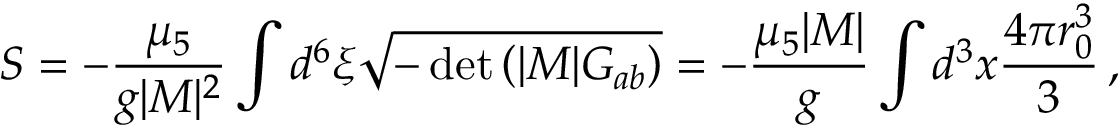
S = - \frac { \mu _ { 5 } } { g | M | ^ { 2 } } \int d ^ { 6 } \xi \sqrt { - \operatorname * { d e t } \left( | M | G _ { a b } \right) } = - \frac { \mu _ { 5 } | M | } { g } \int d ^ { 3 } x \frac { 4 \pi r _ { 0 } ^ { 3 } } { 3 } \, ,